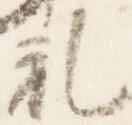
礼